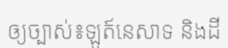
ឲ្យច្បាស់៖ឡូត៍នេសាទ និងដី